Leaving Certificate, 1897
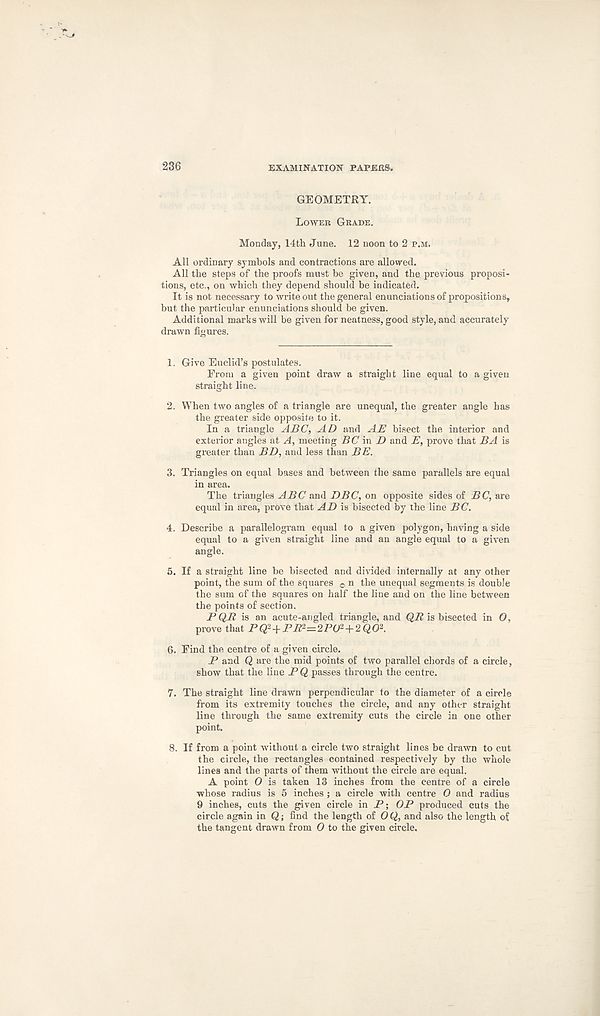
236
EXAMINATION PAPERS.
GEOMETRY.
Lower Grade.
Monday, 14th June. 12 noon to 2 p.m.
All ordinary symbols and contractions are allowed.
All the steps of the proofs must be given, and the previous proposi-
tions, etc., on which they depend should be indicated.
It is not necessary to write out the general enunciations of propositions,
but the particular enunciations should be given.
Additional marks will be given for neatness, good style, and accurately
drawn figures.
1. Give Euclid’s postulates.
From a given point draw a straight line equal to a given
straight line.
2. When two angles of a triangle are unequal, the greater angle has
the greater side opposite to it.
In a triangle ABC, AD and AE bisect the interior and
exterior angles at A, meeting BC in D and E, prove that BA is
greater than BD, and less than BE.
3. Triangles on equal bases and between the same parallels are equal
in area.
The triangles ABC and DBC, on opposite sides of BC, are
equal in area, prove that AD is bisected by the line BC.
4. Describe a parallelogram equal to a given polygon, having a side
equal to a given straight line and an angle equal to a given
angle.
5. If a straight line be bisected and divided internally at any other
point, the sum of the squares 0 n the unequal segments is double
the sum of the squares on half the line and on the line between
the points of section.
PQR is an acute-angled triangle, and QR is bisected in 0,
prove that PQZ+PRt^POZ+iQO*.
6. Find the centre of a given circle.
P and Q are the mid points of two parallel chords of a circle,
show that the line P Q passes through the centre.
7. The straight line drawn perpendicular to the diameter of a circle
from its extremity touches the circle, and any other straight
line through the same extremity cuts the circle in one other
point.
8. If from a point without a circle two straight lines be drawn to cut
the circle, the rectangles contained respectively by the whole
lines and the parts of them without the circle are equal.
A point 0 is taken 13 inches from the centre of a circle
whose radius is 5 inches ; a circle with centre O and radius
9 inches, cuts the given circle in P; OP produced cuts the
circle again in Q; find the length of 0 Q, and also the length of
the tangent drawn from 0 to the given circle.